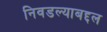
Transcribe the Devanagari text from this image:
निवडल्याबद्दल